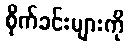
စိုက်ခင်းများကို